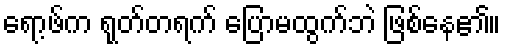
ရော့ဖ်က ရုတ်တရက် ပြောမထွက်ဘဲ ဖြစ်နေ၏။